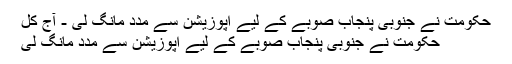
حکومت نے جنوبی پنجاب صوبے کے لیے اپوزیشن سے مدد مانگ لی - آج کل
حکومت نے جنوبی پنجاب صوبے کے لیے اپوزیشن سے مدد مانگ لی